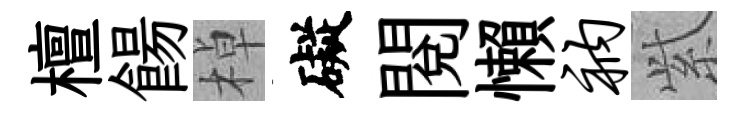
檀餳棹礙閱懶衲𬗋